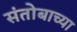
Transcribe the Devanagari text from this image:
संतोबाच्या